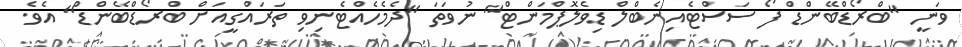
ވަނީ "ބްރޯޑްބޭންޑް ފޯ ސަސްޓެއިނެބްލް ޑިވެލޮޕްމަންޓް" ނުވަތަ "ދެމެހެއްޓެނިވި ތަރައްގީއަށް ބްރޯޑްބޭންޑް" އެވެ.